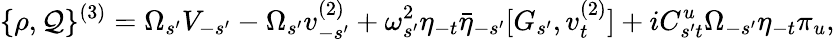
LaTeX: \{ \rho,{\cal Q}\} ^{(3)}=\Omega_{s^{\prime}}V_{-s^{\prime}}-\Omega_{s^{\prime}}v_{-s^{\prime}}^{(2)}+\omega_{s^{\prime}}^{2}\eta_{-t}\bar{\eta}_{-s^{\prime}}[G_{s^{\prime}},v_{t}^{(2)}]+iC_{s^{\prime}t}^{u}\Omega_{-s^{\prime}}\eta_{-t}\pi_{u},